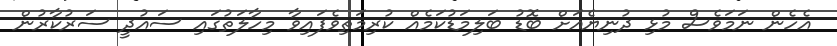
އެހެން ނަމަވެސް މުޅި ދުނިޔެއަށް ބޮޑު ބަލިމަޑުކަމެއް ކުރިމަތިވެފައިވާ މިހާލަތުގައި ސައުދީ ސަރުކާރުން